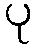
ပု